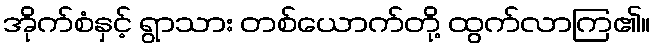
အိုက်စံနှင့် ရွာသား တစ်ယောက်တို့ ထွက်လာကြ၏။